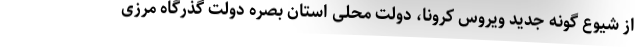
از شیوع گونه جدید ویروس کرونا، دولت محلی استان بصره دولت گذرگاه مرزی